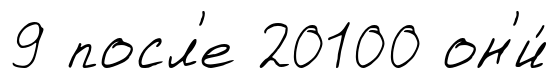
9 посл'е 20100 он'и́